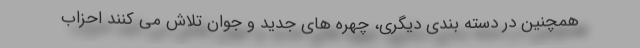
همچنین در دسته بندی دیگری، چهره های جدید و جوان تلاش می کنند احزاب